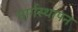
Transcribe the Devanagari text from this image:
मार्गस्थापन